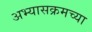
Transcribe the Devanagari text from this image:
अभ्यासक्रमच्या